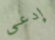
إدعى